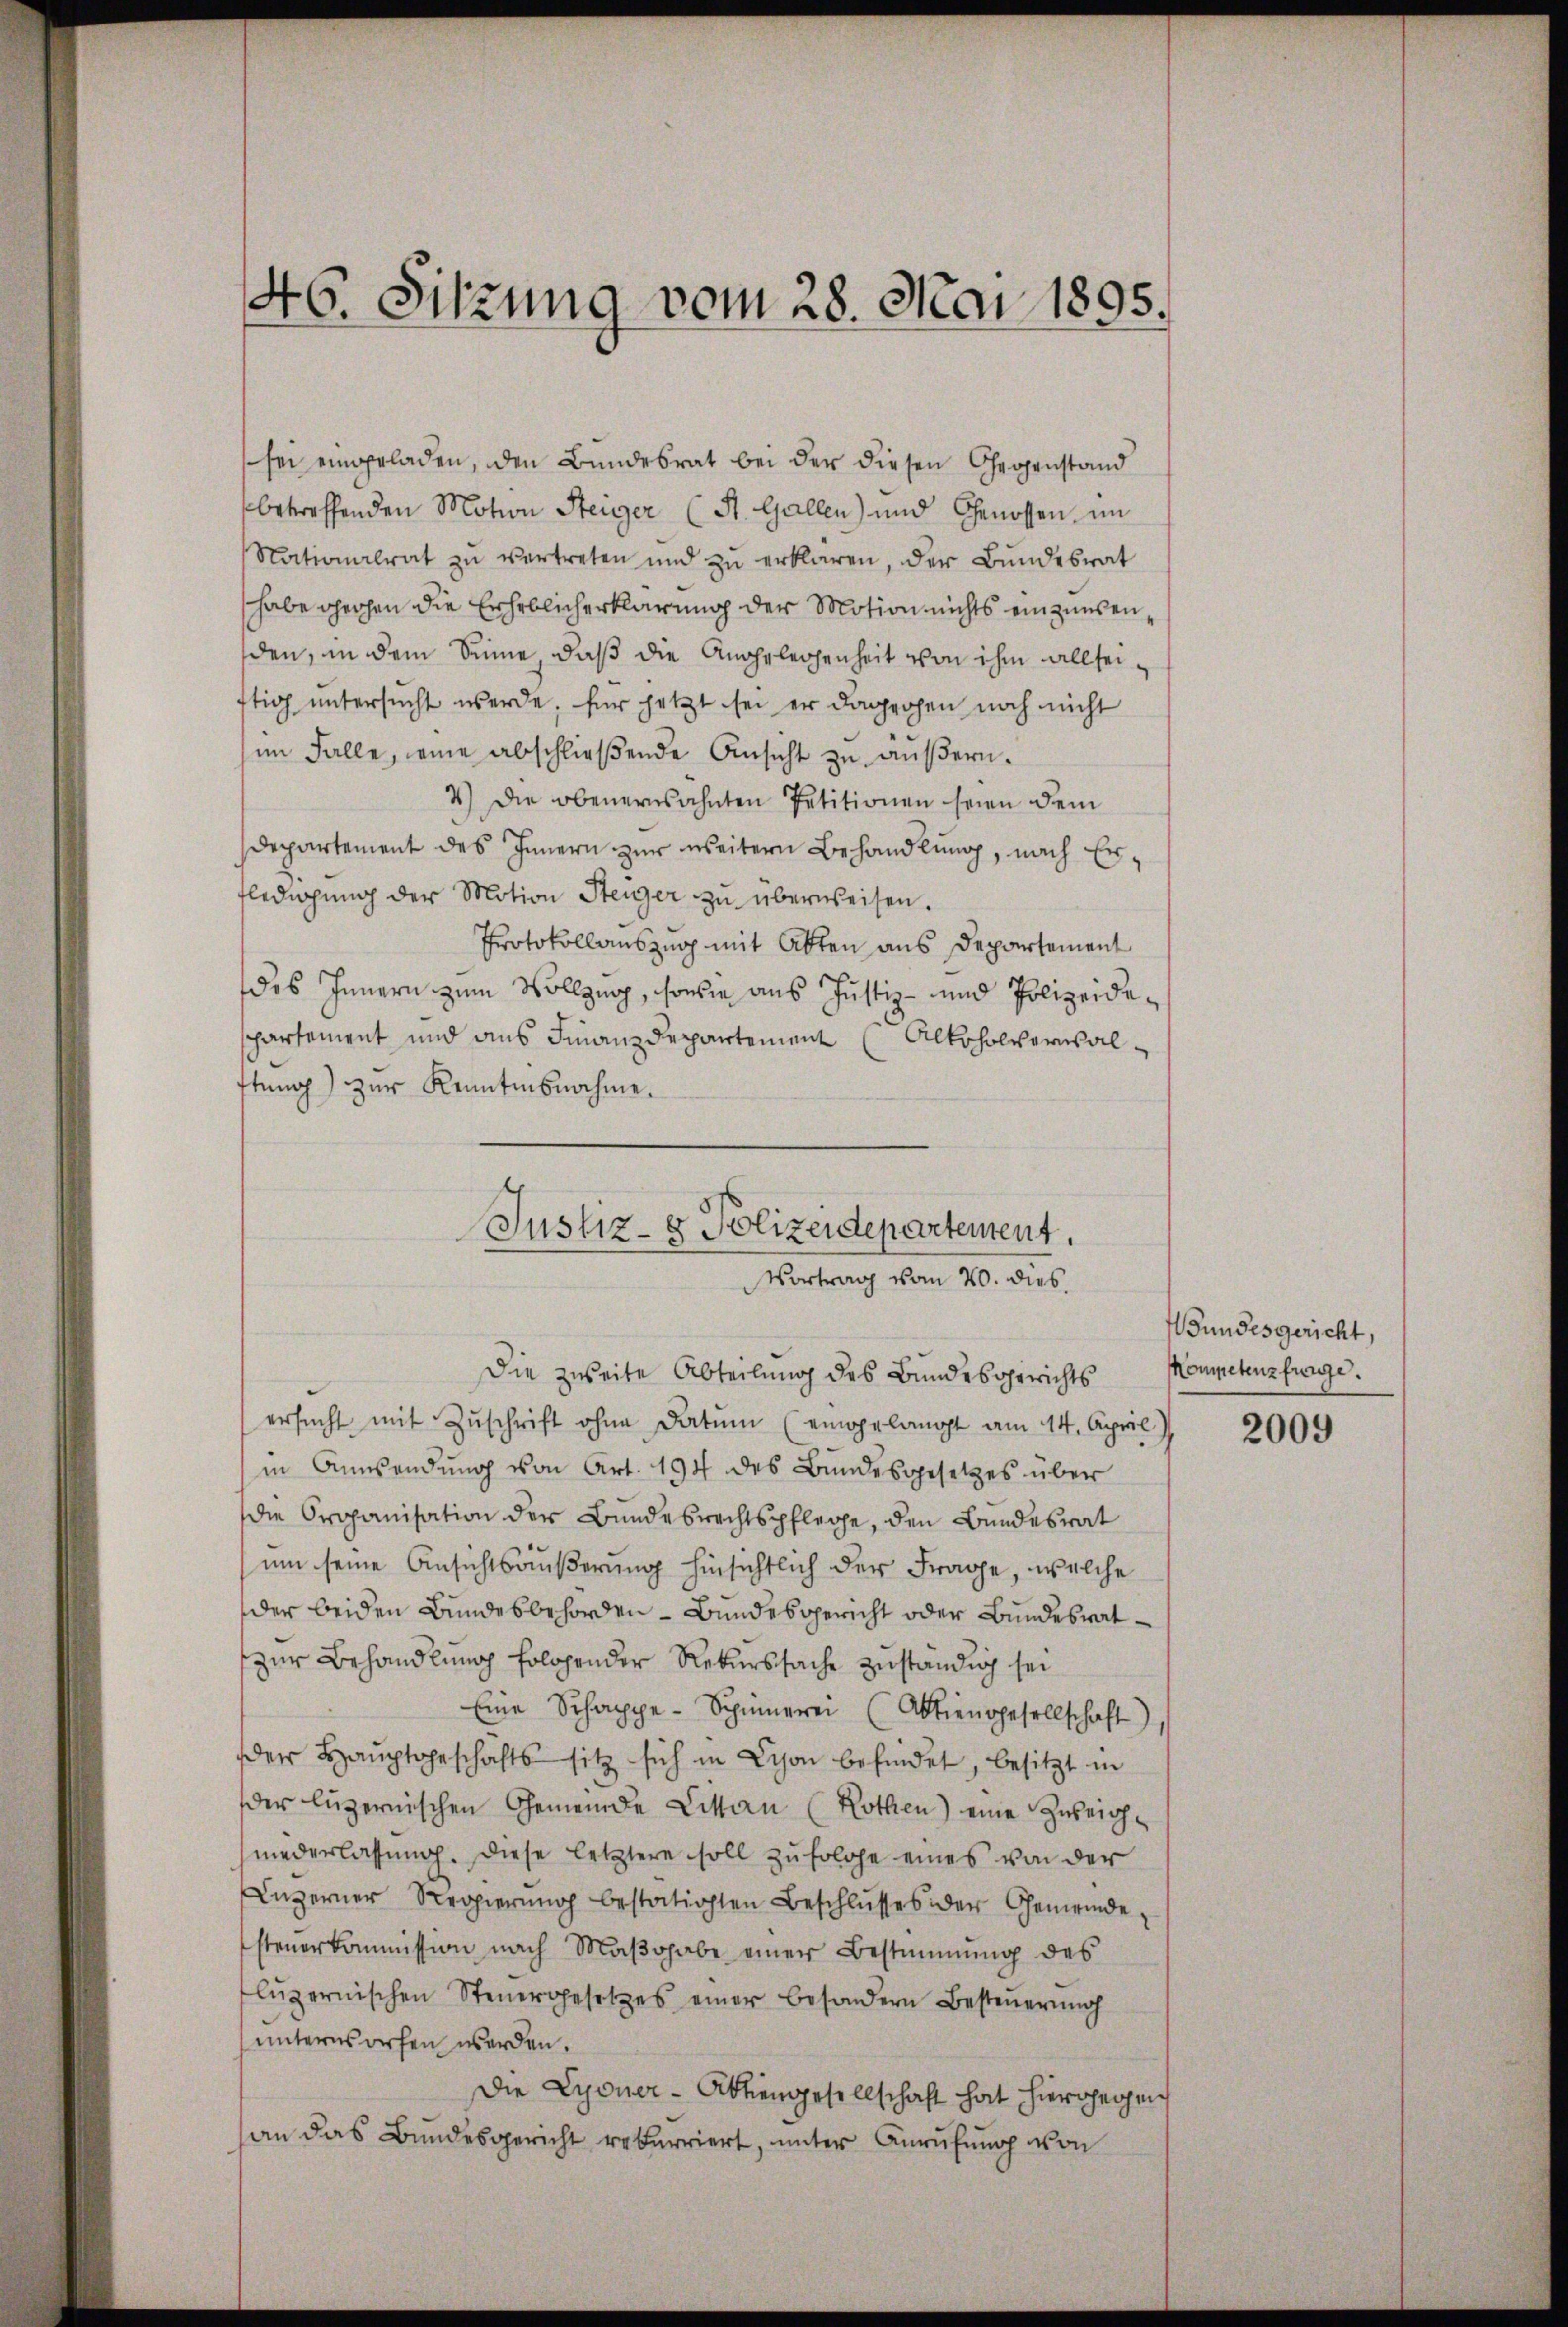
46. Sitzung vom 28. Mai 1895.

sei eingeladen, den Bundesrat bei der diesen Gegenstand
betreffenden Motion Steiger (St. Gallen) und Genossen im
Nationalrat zŭ vertreten und zŭ erklären, der Bŭndesrat
habe gechen die Erheblicherklärung der Motion nichts einzinsen,
den, in dem Sinne, daß die Angelegenheit von ihm allseitig untersucht werde, für jetzt sei er dagegen noch nicht
im Falle, eine abschließende Ansicht zu äußern.
4.) Die obenernsahnten Petitionen seien dem
Departement des Innern zur weitern Behandlung, nach Erfledigŭng der Motion Steiger zŭ überweisen.
Protokollauszug mit Akten aus Departement
das Innern zum Vollzug, sowie aus Justiz- und Polizeideschartement und aus Finanzdepartement Alkoholverwalftung) zur Kenntnisnahme.

Justiz- & Polizeidepartement.
Vortrag vom 20. dies

Die zweite Abteilung des Bundesgerichts
ersŭcht mit Zŭschrift ohne Datum (eingelangt am 14. April)
in Anwendŭng von Art. 194 des Bundesgesetzes über
die Organisation der Bundesrechtspflege, den Bundesrat
um seine Ansichtsäußerung hinsichtlich der Frage, welche
der beiden Bundesbehörden - Bundesgericht oder Bundesratzur Behandlung folgender Rekurssache zuständig sei
Eine Schappe-Spinnerei (Abtiengesellschaft)
der Hauptgeschäfts sitz sich in Schon befindet, besitzt in
der luzernischen Gemeinde Litten (Rothen) eine Zureichniederlassŭng. Diese letztere soll zŭfolge eines von der
Luzerner Regierŭng bestätigten Beschlŭsses der Gemeinde-
steuerkommission nach Maβohabe einer Bestimmung des
lŭzernischen Steuergesetzes einer besondern Besteuerung
ŭnterworfen werden.
Die Lyoner-Aktiengesellschaft hat hiergegen
an das Bundesgericht rekurriert, unter Anrufung von

Wundesgericht,
Kompetenzfrage.

2009